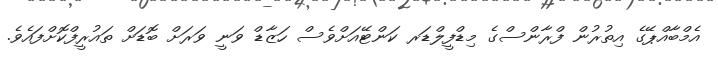
އެމްބާއްޕޭގެ އިތުރުން ފްރާންސްގެ މިޑްފީލްޑަރ ކަންޓޭއަށްވެސް ހަޒާޑް ވަނީ ވަރަށް ބޮޑަށް ތައުރީފްކޮށްފައެވެ.